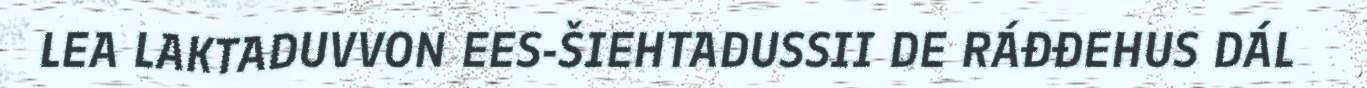
LEA LAKTADUVVON EES-ŠIEHTADUSSII DE RÁĐĐEHUS DÁL